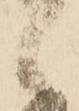
候